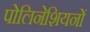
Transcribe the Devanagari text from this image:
पोलिनेशियनों